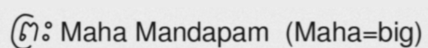
ព្រះ Maha Mandapam  (Maha=big)